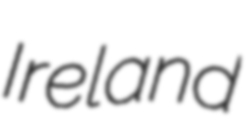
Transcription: Ireland